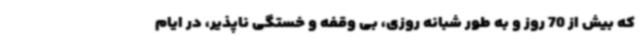
که بیش از 70 روز و به طور شبانه روزی، بی وقفه و خستگی ناپذیر، در ایام